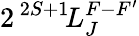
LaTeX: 2\, ^{2S+1}\! L_{J}^{F-F^{\prime}}